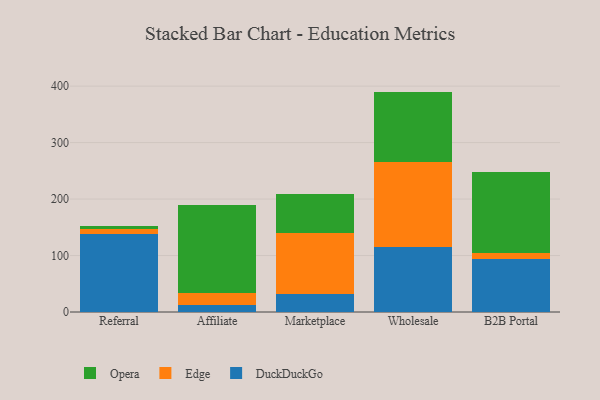
{"axis": {"x": "Channel", "y": "Revenue (USD Million)"}, "legend": ["DuckDuckGo", "Edge", "Opera"], "data": [{"x": "Referral", "y": 137.7, "type": "DuckDuckGo"}, {"x": "Referral", "y": 8.8, "type": "Edge"}, {"x": "Referral", "y": 6.3, "type": "Opera"}, {"x": "Affiliate", "y": 12.1, "type": "DuckDuckGo"}, {"x": "Affiliate", "y": 22.3, "type": "Edge"}, {"x": "Affiliate", "y": 154.5, "type": "Opera"}, {"x": "Marketplace", "y": 32.7, "type": "DuckDuckGo"}, {"x": "Marketplace", "y": 107.0, "type": "Edge"}, {"x": "Marketplace", "y": 69.6, "type": "Opera"}, {"x": "Wholesale", "y": 114.4, "type": "DuckDuckGo"}, {"x": "Wholesale", "y": 150.8, "type": "Edge"}, {"x": "Wholesale", "y": 125.1, "type": "Opera"}, {"x": "B2B Portal", "y": 93.5, "type": "DuckDuckGo"}, {"x": "B2B Portal", "y": 11.3, "type": "Edge"}, {"x": "B2B Portal", "y": 142.5, "type": "Opera"}]}